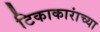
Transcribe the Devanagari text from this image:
टिकाकारांच्या